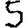
Digit: 5